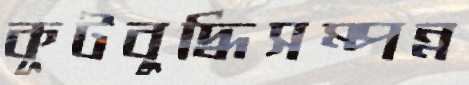
কূটবুদ্ধিসম্পন্ন